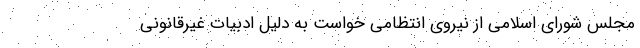
مجلس شورای اسلامی از نیروی انتظامی خواست به دلیل ادبیات غیرقانونی